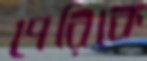
পেরিকে